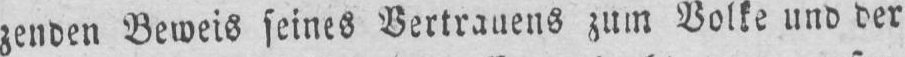
zenden Beweis seines Vertrauens zum Volke und der